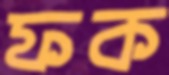
ফক